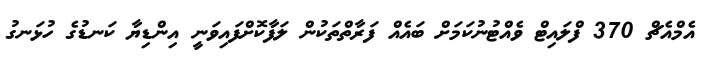
އެމްއެޗް 370 ފްލައިޓް ވެއްޓުނުކަމަށް ބައެއް ފަރާތްތަކުން ލަފާކޮށްފައިވަނީ އިންޑިޔާ ކަނޑުގެ ހުޅަނގު